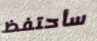
سأحتفظ